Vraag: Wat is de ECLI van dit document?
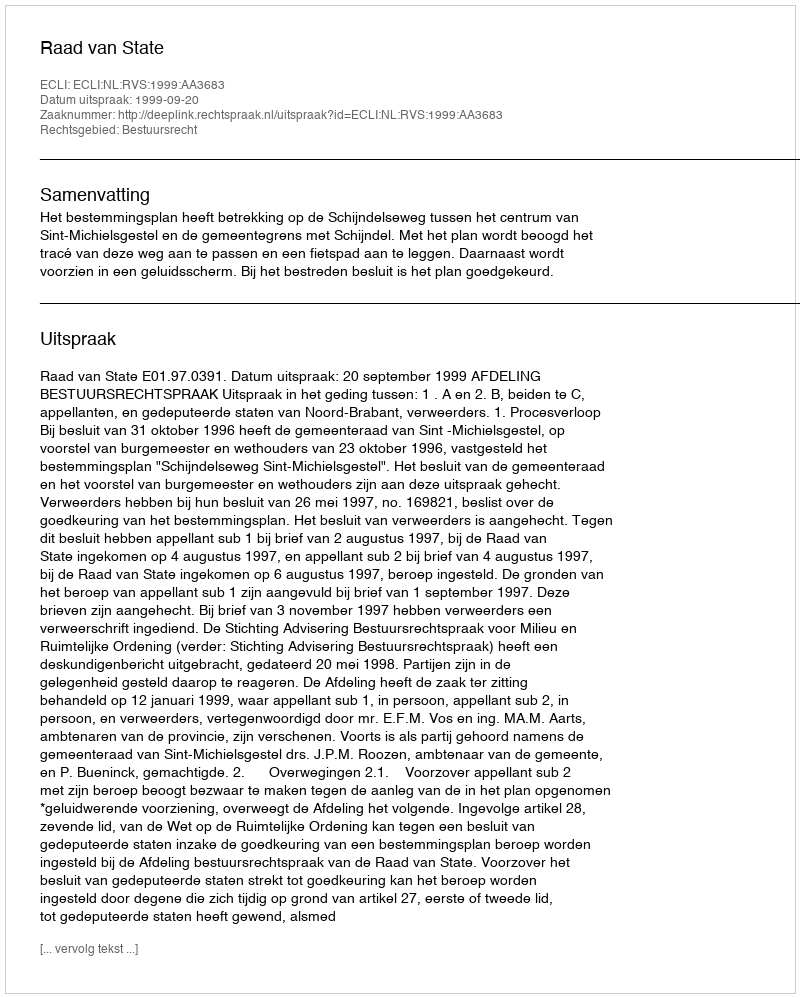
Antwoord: ECLI:NL:RVS:1999:AA3683